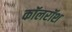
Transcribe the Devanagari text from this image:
कॉलरॉश